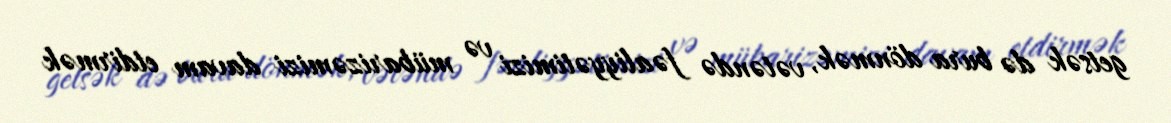
getsək də bura dönmək, vətəndə fəaliyyətimizi və mübarizəmizi davam etdirmək